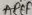
Text: AREF